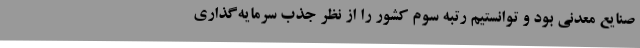
صنایع معدنی بود و توانستیم رتبه سوم کشور را از نظر جذب سرمایه‌گذاری